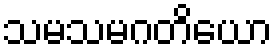
သမသမဂတိယော